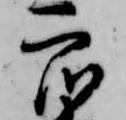
衆